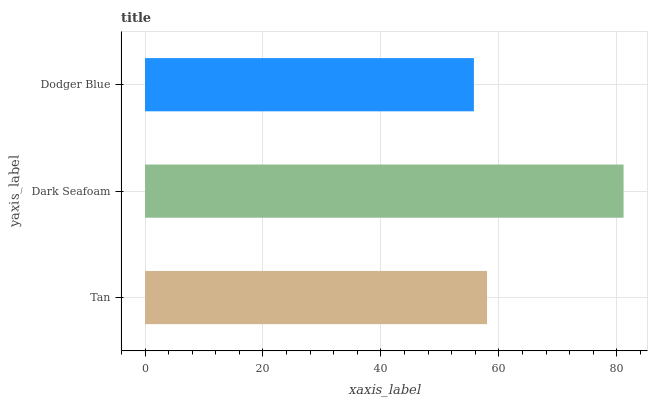
| yaxis_label | bars |
 | --- | --- |
 | Tan | 58 |
 | Dark Seafoam | 81.1 |
 | Dodger Blue | 55.8 |